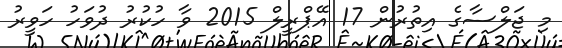
މި ޖަލްސާގެ އިތުރުން 17 އޭޕްރީލް 2015 ވާ ހުކުރު ދުވަހު ހަވީރު